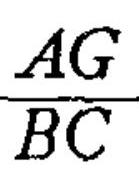
\(\frac{AG}{BC}\)